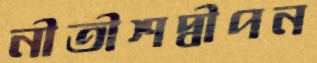
নীতীশদ্বীপন